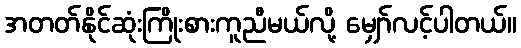
အတတ်နိုင်ဆုံးကြိုးစားကူညီမယ်လို့ မျှော်လင့်ပါတယ်။